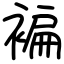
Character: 褊